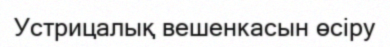
Устрицалық вешенкасын өсіру